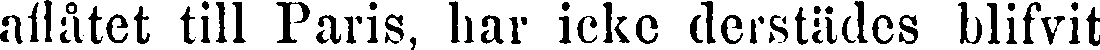
aflåtet till Paris, har icke derstädes blifvit